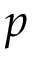
p